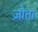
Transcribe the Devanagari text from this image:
ज़ौता